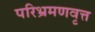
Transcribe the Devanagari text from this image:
परिभ्रमणवृत्त